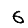
Digit: 6